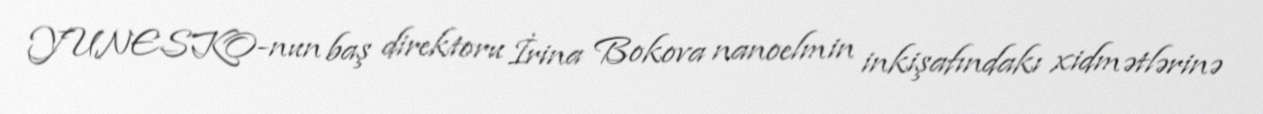
YUNESKO-nun baş direktoru İrina Bokova nanoelmin inkişafındakı xidmətlərinə